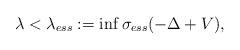
LaTeX: \begin{align*} \lambda < \lambda_{ess}:= \inf \sigma_{ess}(-\Delta + V), \end{align*}